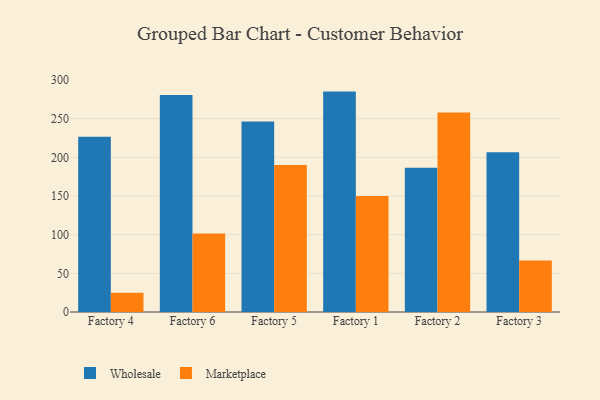
{"axis": {"x": "Factory", "y": "Population (Million)"}, "legend": ["Marketplace", "Wholesale"], "data": [{"x": "Factory 4", "y": 226.7, "type": "Wholesale"}, {"x": "Factory 4", "y": 24.9, "type": "Marketplace"}, {"x": "Factory 6", "y": 280.7, "type": "Wholesale"}, {"x": "Factory 6", "y": 101.6, "type": "Marketplace"}, {"x": "Factory 5", "y": 246.4, "type": "Wholesale"}, {"x": "Factory 5", "y": 190.1, "type": "Marketplace"}, {"x": "Factory 1", "y": 285.0, "type": "Wholesale"}, {"x": "Factory 1", "y": 149.9, "type": "Marketplace"}, {"x": "Factory 2", "y": 186.6, "type": "Wholesale"}, {"x": "Factory 2", "y": 258.0, "type": "Marketplace"}, {"x": "Factory 3", "y": 206.7, "type": "Wholesale"}, {"x": "Factory 3", "y": 66.5, "type": "Marketplace"}]}